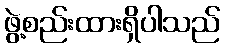
ဖွဲ့စည်းထားရှိပါသည်